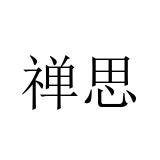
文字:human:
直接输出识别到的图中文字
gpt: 禅思